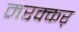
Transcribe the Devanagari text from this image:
मरक्कर्